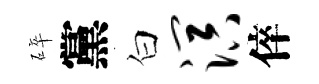
碎黨白溟倅